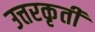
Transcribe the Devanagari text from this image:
उत्तरकृती